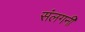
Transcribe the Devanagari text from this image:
संलगनी